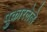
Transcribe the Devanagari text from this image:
पुकारलेले